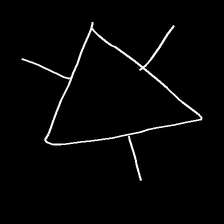
Glyph: fire